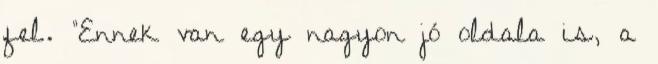
fel. “Ennek van egy nagyon jó oldala is, a